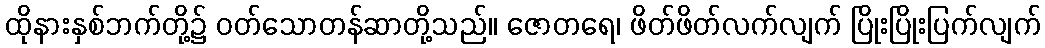
ထိုနားနှစ်ဘက်တို့၌ ဝတ်သောတန်ဆာတို့သည်။ ဇောတရေ၊ ဖိတ်ဖိတ်လက်လျက် ပြိုးပြိုးပြက်လျက်